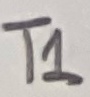
Text: T1